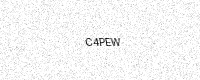
Text: C4PEW